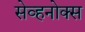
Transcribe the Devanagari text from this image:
सेव्हनोक्स